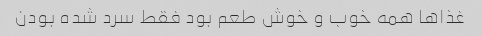
غذاها همه خوب و خوش طعم بود فقط سرد شده بودن